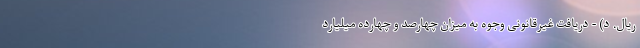
ریال. د) - دریافت غیرقانونی وجوه به میزان چهارصد و چهارده میلیارد